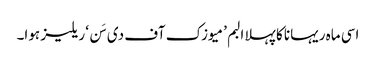
اسی ماہ ریہانا کا پہلا البم ’میوزک آف دی سَن‘ ریلیز ہوا۔